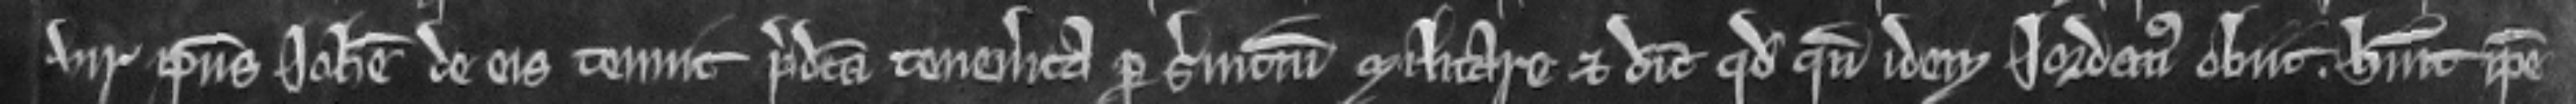
vir ipsius Johanne de eis tenuit predicta tenementa per servicium militare et dicunt quod quando idem Jordanus obiit. habuit ipse